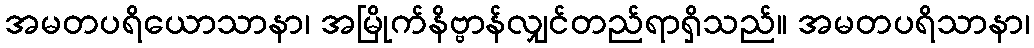
အမတပရိယောသာနာ၊ အမြိုက်နိဗ္ဗာန်လျှင်တည်ရာရှိသည်။ အမတပရိသာနာ၊